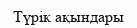
Түрік ақындары